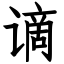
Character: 谪